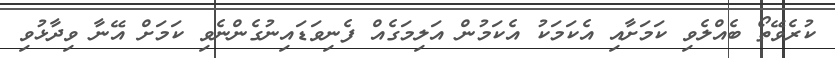
ކުރެވޭތޯ ބެއްލެވި ކަމަށާއި އެކަމަކު އެކަމުން އަލިމަގެއް ފެނިވަޑައިނުގެންނެވި ކަމަށް އޭނާ ވިދާޅުވި